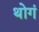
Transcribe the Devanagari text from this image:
थोगं